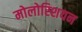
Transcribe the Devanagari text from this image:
मोलोस्शियन